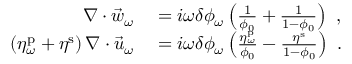
\begin{array} { r l } { \nabla \cdot \vec { w } _ { \omega } } & { { } = i \omega \delta \phi _ { \omega } \left( \frac { 1 } { \phi _ { 0 } } + \frac { 1 } { 1 - \phi _ { 0 } } \right) \ , } \\ { \left( \eta _ { \omega } ^ { \mathrm { p } } + \eta ^ { \mathrm { s } } \right) \nabla \cdot \vec { u } _ { \omega } } & { { } = i \omega \delta \phi _ { \omega } \left( \frac { \eta _ { \omega } ^ { \mathrm { p } } } { \phi _ { 0 } } - \frac { \eta ^ { \mathrm { s } } } { 1 - \phi _ { 0 } } \right) \ . } \end{array}